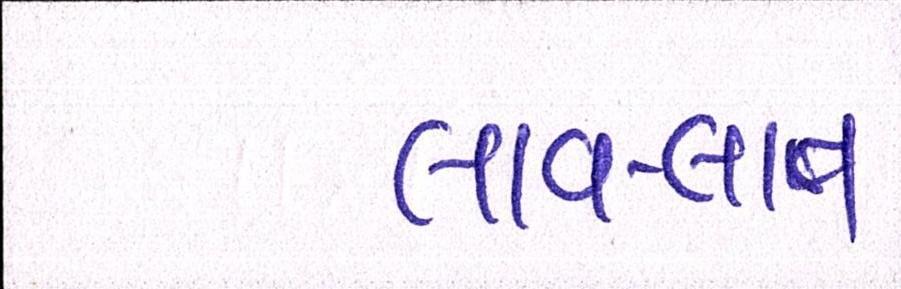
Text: લાવ-લાવ